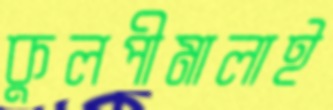
কুলপীমালাই